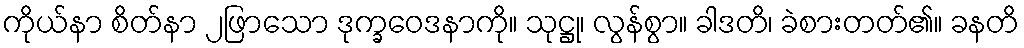
ကိုယ်နာ စိတ်နာ ၂ဖြာသော ဒုက္ခဝေဒနာကို။ သုဋ္ဌု၊ လွန်စွာ။ ခါဒတိ၊ ခဲစားတတ်၏။ ခနတိ